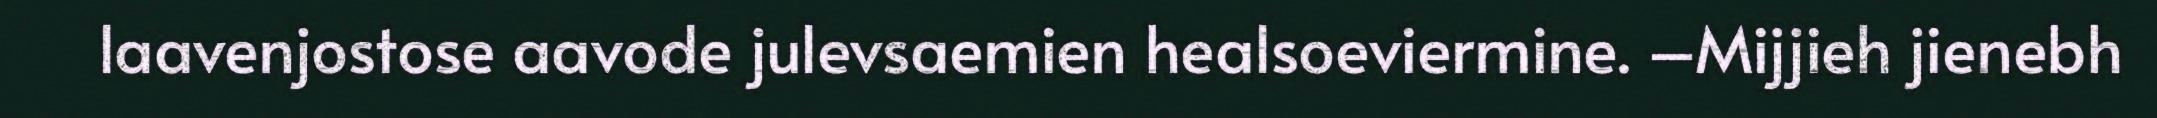
laavenjostose aavode julevsaemien healsoeviermine. –Mijjieh jienebh